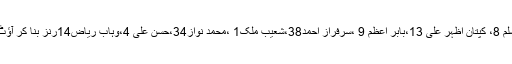
سمیع اسلم 8، کپتان اظہر علی 13،بابر اعظم 9 ،سرفراز احمد38،شعیب ملک1 ،محمد نواز34،حسن علی 4،وہاب ریاض14رنز بنا کر آؤٹ ہوئے۔